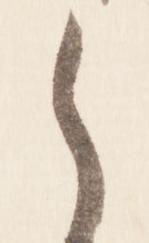
之